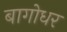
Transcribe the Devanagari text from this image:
बागोधर